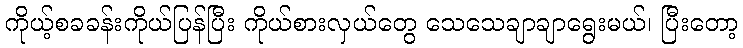
ကိုယ့်စခခန်းကိုယ်ပြန်ပြီး ကိုယ်စားလှယ်တွေ သေသေချာချာရွေးမယ်၊ ပြီးတော့